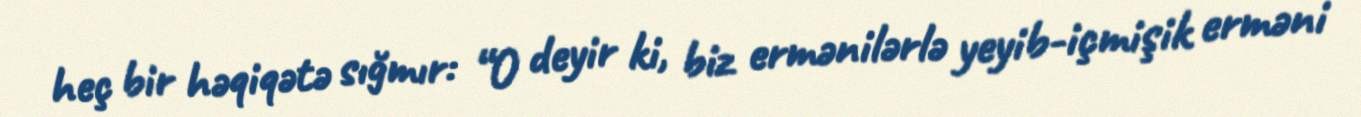
heç bir həqiqətə sığmır: “O deyir ki, biz ermənilərlə yeyib-içmişik erməni